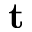
\mathbf { t }